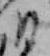
ひ